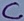
Text: C